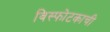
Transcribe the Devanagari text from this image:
विस्फोटकाची